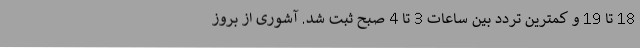
18 تا 19 و کمترین تردد بین ساعات 3 تا 4 صبح ثبت شد. آشوری از بروز